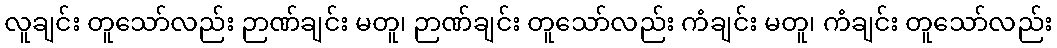
လူချင်း တူသော်လည်း ဉာဏ်ချင်း မတူ၊ ဉာဏ်ချင်း တူသော်လည်း ကံချင်း မတူ၊ ကံချင်း တူသော်လည်း